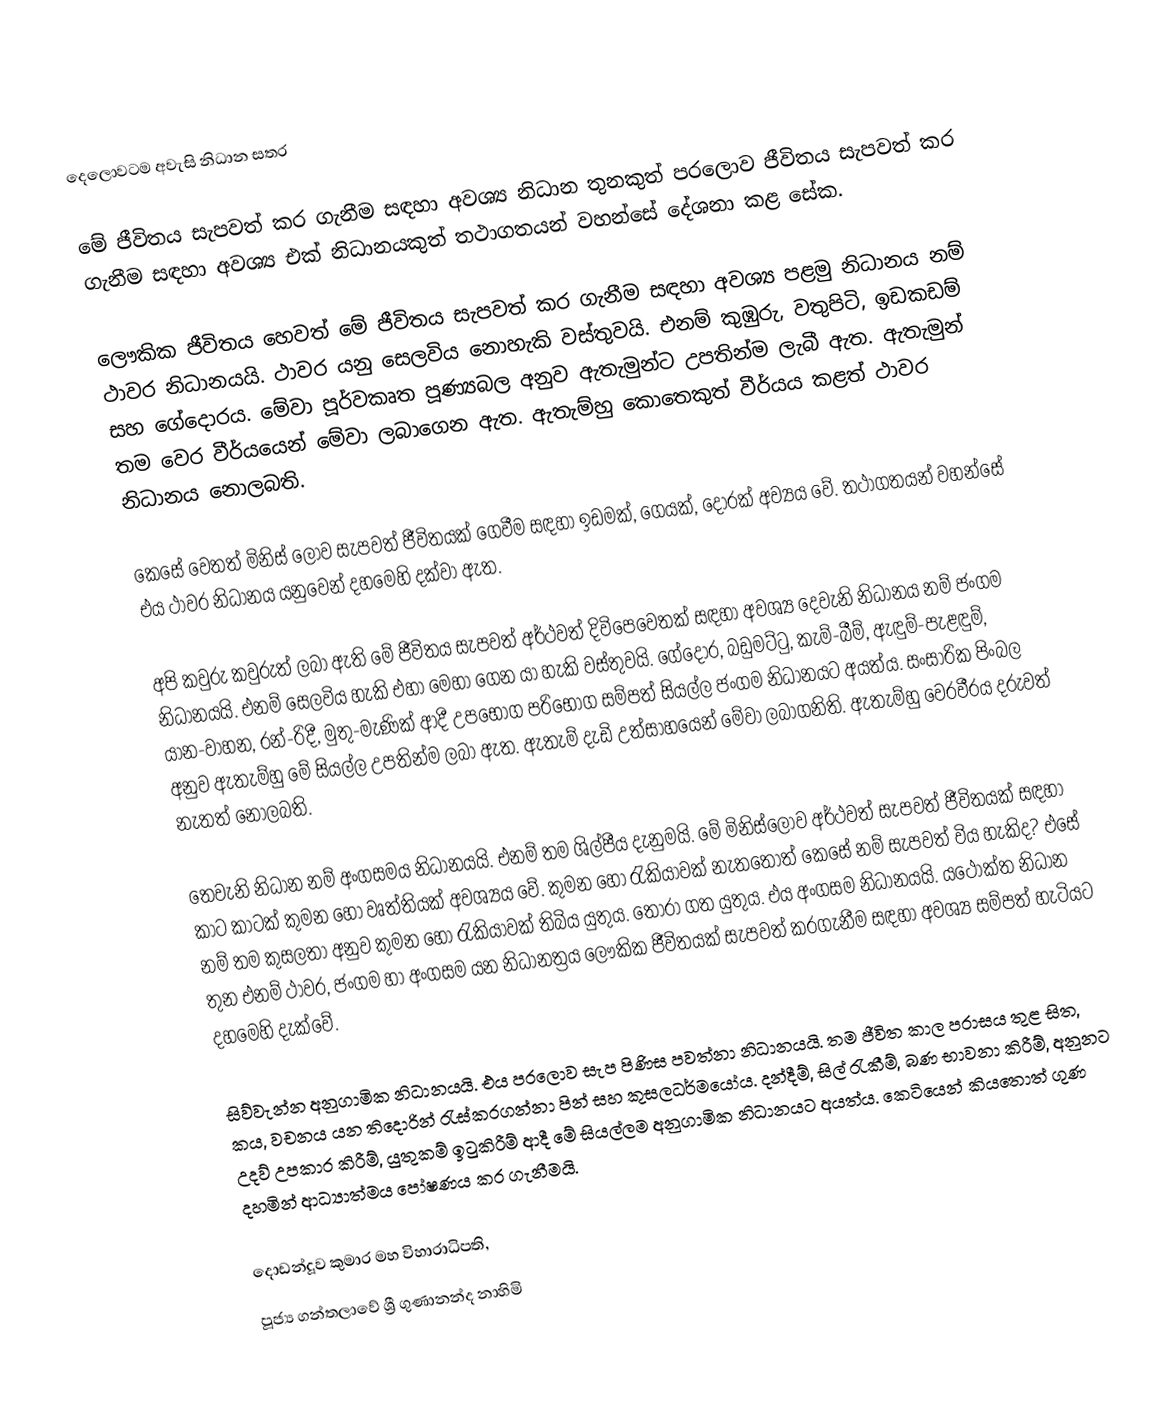
දෙලොවටම අවැසි නිධාන සතර

මේ ජීවිතය සැපවත් කර ගැනීම සඳහා අවශ්‍ය නිධාන තුනකුත් පරලොව ජීවිතය සැපවත් කර ගැනීම සඳහා අවශ්‍ය එක්‌ නිධානයකුත් තථාගතයන් වහන්සේ දේශනා කළ සේක.

ලෞකික ජීවිතය හෙවත් මේ ජීවිතය සැපවත් කර ගැනීම සඳහා අවශ්‍ය පළමු නිධානය නම් ථාවර නිධානයයි. ථාවර යනු සෙලවිය නොහැකි වස්‌තුවයි. එනම් කුඹුරු, වතුපිටි, ඉඩකඩම් සහ ගේදොරය. මේවා පූර්වකෘත පූණ්‍යබල අනුව ඇතැමුන්ට උපතින්ම ලැබී ඇත. ඇතැමුන් තම වෙර වීර්යයෙන් මේවා ලබාගෙන ඇත. ඇතැම්හු කොතෙකුත් වීර්යය කළත් ථාවර නිධානය නොලබති.

කෙසේ වෙතත් මිනිස්‌ ලොව සැපවත් ජීවිතයක්‌ ගෙවීම සඳහා ඉඩමක්‌, ගෙයක්‌, දොරක්‌ අව්‍යය වේ. තථාගතයන් වහන්සේ එය ථාවර නිධානය යනුවෙන් දහමෙහි දක්‌වා ඇත.

අපි කවුරු කවුරුත් ලබා ඇති මේ ජීවිතය සැපවත් අර්ථවත් දිවිපෙවෙතක්‌ සඳහා අවශ්‍ය දෙවැනි නිධානය නම් ජංගම නිධානයයි. එනම් සෙලවිය හැකි එහා මෙහා ගෙන යා හැකි වස්‌තුවයි. ගේදොර, බඩුමට්‌ටු, කැම්-බීම්, ඇඳුම්-පැළඳුම්, යාන-වාහන, රන්-රිදී, මුතු-මැණික්‌ ආදී උපභෝග පරිභෝග සම්පත් සියල්ල ජංගම නිධානයට අයත්ය. සංසාරික පිංබල අනුව ඇතැම්හු මේ සියල්ල උපතින්ම ලබා ඇත. ඇතැම් දැඩි උත්සාහයෙන් මේවා ලබාගනිති. ඇතැම්හු වෙරවීරය දරුවත් නැතත් නොලබති.

තෙවැනි නිධාන නම් අංගසමය නිධානයයි. එනම් තම ශිල්පීය දැනුමයි. මේ මිනිස්‌ලොව අර්ථවත් සැපවත් ජීවිතයක්‌ සඳහා කාට කාටක්‌ කුමන හෝ වෘත්තියක්‌ අවශ්‍යය වේ. කුමන හෝ රැකියාවක්‌ නැතතොත් කෙසේ නම් සැපවත් විය හැකිද? එසේ නම් තම කුසලතා අනුව කුමන හෝ රැකියාවක්‌ තිබිය යුතුය. තෝරා ගත යුතුය. එය අංගසම නිධානයයි. යථෝක්‌ත නිධාන තුන එනම් ථාවර, ජංගම හා අංගසම යන නිධානත්‍රය ලෞකික ජීවිතයක්‌ සැපවත් කරගැනීම සඳහා අවශ්‍ය සම්පත් හැටියට දහමෙහි දැක්‌වේ.

සිව්වැන්න අනුගාමික නිධානයයි. එය පරලොව සැප පිණිස පවත්නා නිධානයයි. තම ජීවිත කාල පරාසය තුළ සිත, කය, වචනය යන තිදොරින් රැස්‌කරගන්නා පින් සහ කුසලධර්මයෝය. දන්දීම්, සිල් රැකීම්, බණ භාවනා කිරීම්, අනුනට උදව් උපකාර කිරීම්, යුතුකම් ඉටුකිරීම් ආදී මේ සියල්ලම අනුගාමික නිධානයට අයත්ය. කෙටියෙන් කියතොත් ගුණ දහමින් ආධ්‍යාත්මය පෝෂණය කර ගැනීමයි.

දොඩන්දූව කුමාර මහ විහාරාධිපති,
පූජ්‍ය ගන්තලාවේ ශ්‍රී ගුණානන්ද නාහිමි